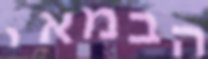
הבמאי